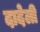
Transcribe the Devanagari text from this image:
दादेली